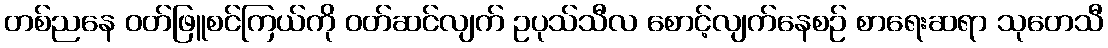
တစ်ညနေ ဝတ်ဖြူစင်ကြယ်ကို ဝတ်ဆင်လျက် ဥပုသ်သီလ စောင့်လျက်နေစဉ် စာရေးဆရာ သုတေသီ